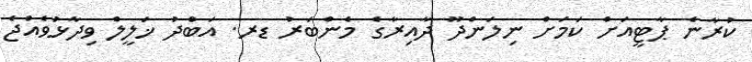
ކުރާނެ ޕާޓީއަށް ކަމަށް ނިލަންދޫ ދާއިރާގެ މެންބަރު ޑރ. އަބްދު ޚަލީލް ވިދާޅުވެއްޖެ